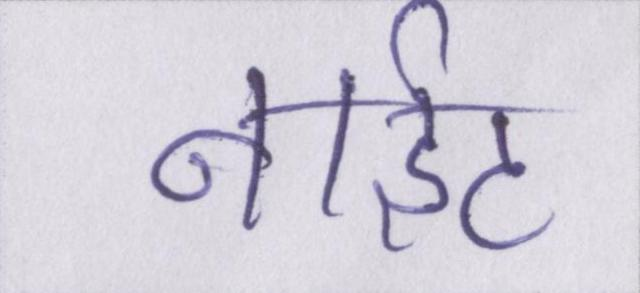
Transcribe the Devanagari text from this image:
नाईट